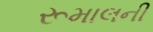
રૂમાલની